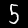
Digit: 5